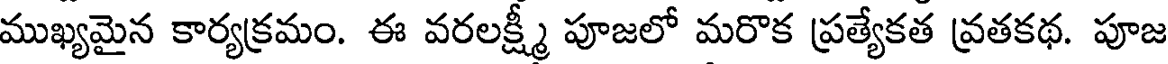
ముఖ్యమైన కార్యక్రమం. ఈ వరలక్ష్మీ పూజలో మరొక ప్రత్యేకత వ్రతకథ. పూజ